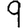
Digit: 9